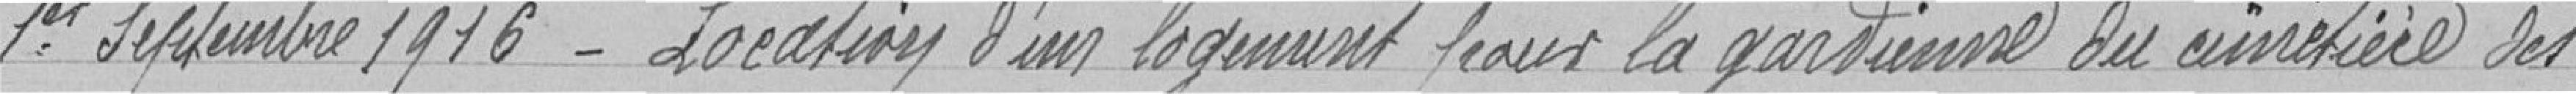
1er septembre 1916 - Location d'un logement pour la gardienne du cimetière des